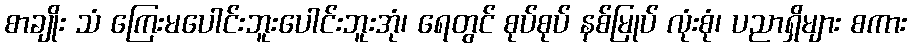
စာချိုး သံ ကြေးမပေါင်းဘူးပေါင်းဘူးအုံ၊ ရေတွင် စုပ်စုပ် နစ်မြုပ် လုံးစုံ၊ ပညာရှိများ စကား